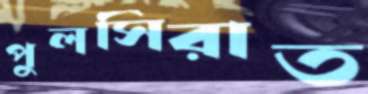
পুলসিরাত